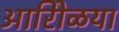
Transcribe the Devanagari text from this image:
आरोिळया